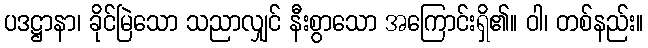
ပဒဋ္ဌာနာ၊ ခိုင်မြဲသော သညာလျှင် နီးစွာသော အကြောင်းရှိ၏။ ဝါ၊ တစ်နည်း။